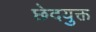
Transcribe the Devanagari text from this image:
छेदयुक्त